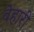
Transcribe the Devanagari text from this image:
वेहारी